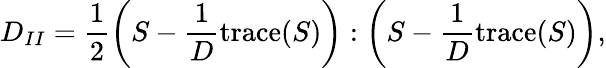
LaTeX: D_{II}=\frac{1}{2}\left(S-\frac{1}{D}\mathrm{trace}(S)\right):\left(S-\frac{1}{D}\mathrm{trace}(S)\right),